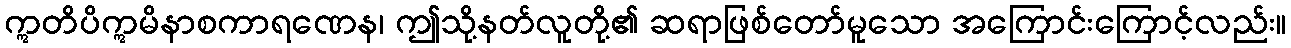
ဣတိပိဣမိနာစကာရဏေန၊ ဤသို့နတ်လူတို့၏ ဆရာဖြစ်တော်မူသော အကြောင်းကြောင့်လည်း။